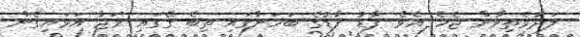
ލަދުވެތިވާން ޖެހެ އެވެ. ފާޑު ފާޑުގެ ބަހަނާގައި ތިބެ ގޭގައި ރަޖާ އަޅައިގެން